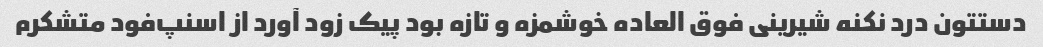
دستتون درد نکنه شیرینی فوق العاده خوشمزه و تازه بود پیک زود آورد از اسنپ‌فود متشکرم